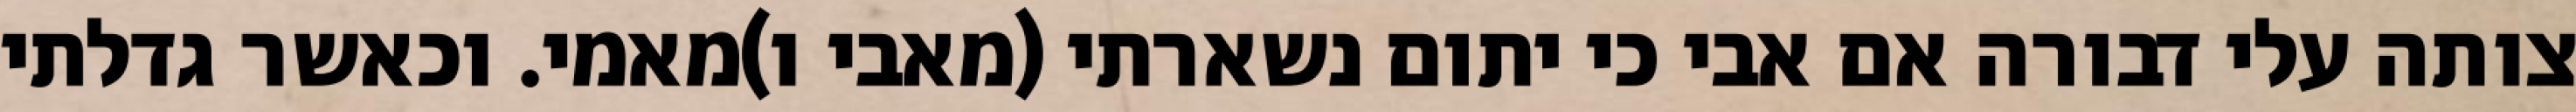
צותה עלי דבורה אם אבי כי יתום נשארתי (מאבי ו)מאמי. וכאשר גדלתי